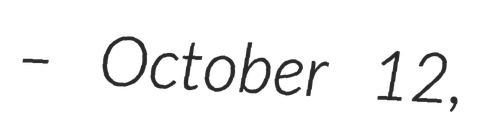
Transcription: – October 12,